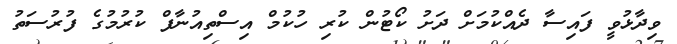
ވިދާޅުވީ ފައިސާ ދެއްކުމަށް ދަށު ކޯޓުން ކުރި ހުކުމް އިސްތިއުނާފް ކުރުމުގެ ފުރުސަތު